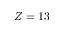
Z = 1 3